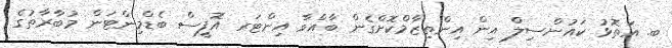
ބ. އަތޮޅު ކައުންސިލް އިން އިންތިޒާމްކޮށްގެން ބާއްވާ އިންޓަރ އޮފީސް ބެޑްމިންޓަން މުބާރާތުގެ